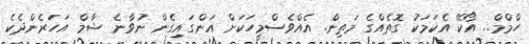
ހްމްމް.. އޯކޭ އެކަމަކު ގޮތެއްގެ މަތިން. އެއްވެސްމީހަކަށް އަންގައިގެން ނުވާނެ ޝާމް އަހަރެންދެކެ